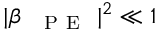
| \beta _ { \mathrm { ~ \textsc ~ { ~ P ~ E ~ } ~ } } | ^ { 2 } \ll 1